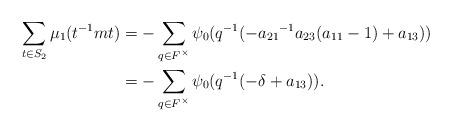
LaTeX: \begin{align*}\sum_{t \in S_{2}}\mu_1(t^{-1}mt)&= -\sum_{\substack{q \in F^{\times}}} \psi_0(q^{-1}(-{a_{21}}^{-1}a_{23}(a_{11}-1)+a_{13}))\\&= -\sum_{\substack{q \in F^{\times}}} \psi_{0}(q^{-1}(-\delta + a_{13})). \end{align*}